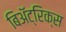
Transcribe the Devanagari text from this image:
बिॲट्रिक्स